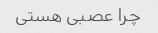
چرا عصبی هستی